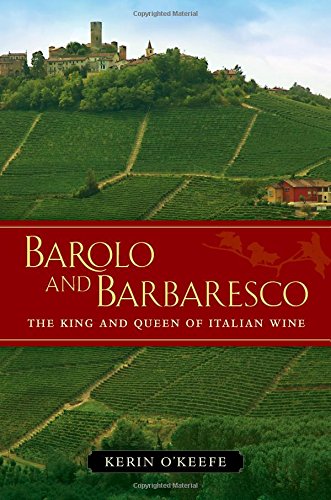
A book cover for Barolo and Barbaresco: The King and Queen of Italian Wine; Kerin O'Keefe; Cookbooks, Food & Wine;